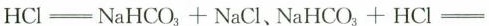
H C l = N a H C O _ { 3 } + N a C l$$、$$N a H C O _ { 3 } + H C l =